Report on the treatment of epidemic cholera: from information collected by the governments of Bengal, Madras, Bombay, N.W. Provinces, Punjab, Oudh, and Central India, by order of the Government of India
Disease focus: Cholera
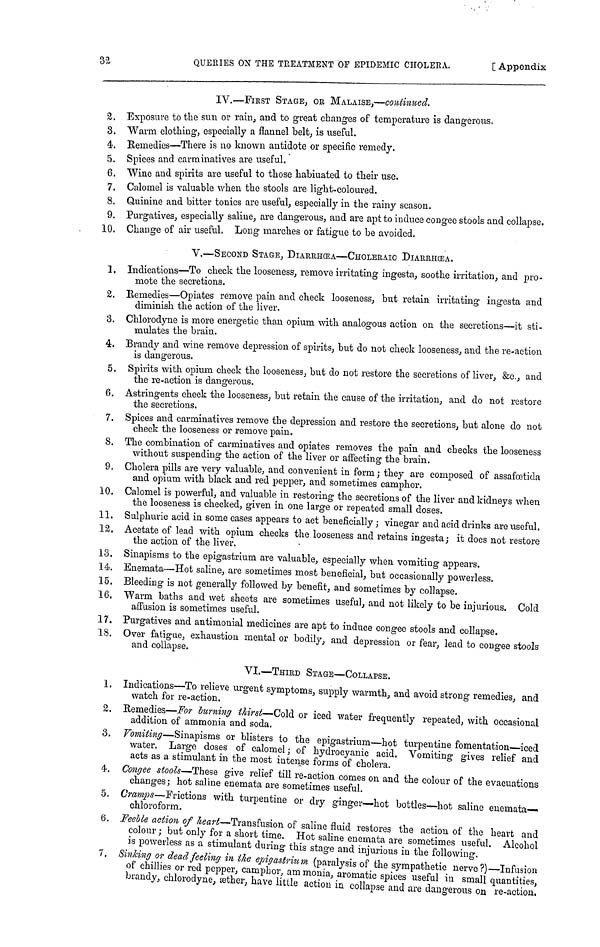
32
QUERIES ON THE TREATMENT OP EPIDEMIC CHOLERA.
[
Appendix
IV.—FIRST STAGE, OR MALAISE,—continued.
2. Exposure to the sun or rain, and to great changes of temperature is dangerous.
3. Warm clothing, especially a flannel belt, is useful.
4. Remedies—There is no known antidote or specific remedy.
5. Spices and carminatives are useful,
6. Wine and spirits are useful to those habiuated to their use.
7. Calomel is valuable when the stools are light-coloured.
8. Quinine and bitter tonics are useful, especially in the rainy season.
9. Purgatives, especially saline, are dangerous, and are apt to induce congee stools and collapse.
10. Change of air useful. Long marches or fatigue to be avoided.
V.—SECOND STAGE, DIARRHŒA—CHOLERAIC DIARRHŒA.
1. Indications—To check the looseness, remove irritating ingesta, soothe irritation, and pro-
mote the secretions.
2. Remedies—Opiates remove pain and check looseness, but retain irritating ingesta and
diminish the action of the liver.
3. Chlorodyne is more energetic than opium with analogous action on the secretions—it sti-
mulates the brain.
4. Brandy and wine remove depression of spirits, but do not check looseness, and the re-action
is dangerous.
5. Spirits with opium check the looseness, but do not restore the secretions of liver, &c., and
the re-action is dangerous.
6. Astringents check the looseness, but retain the cause of the irritation, and do not restore
the secretions.
7. Spices and carminatives remove the depression and restore the secretions, but alone do not
check the looseness or remove pain.
8. The combination of carminatives and opiates removes the pain and checks the looseness
without suspending the action of the liver or affecting the brain.
9. Cholera pills are very valuable, and convenient in form; they are composed of assafœtida
and opium with black and red pepper, and sometimes camphor.
10. Calomel is powerful, and valuable in restoring the secretions of the liver and kidneys when
the looseness is checked, given in one large or repeated small doses.
11. Sulphuric acid in some cases appears to act beneficially; vinegar and acid drinks are useful.
12. Acetate of lead with opium checks the looseness and retains ingesta; it does not restore
the action of the liver.
13. Sinapisms to the epigastrium are valuable, especially when vomiting appears.
lé. Enemata—Hot saline, are sometimes most beneficial, but occasionally powerless.
15. Bleeding is not generally followed by benefit, and sometimes by collapse.
16. Warm baths and wet sheets are sometimes useful, and not likely to be injurious. Cold
affusion is sometimes useful.
17. Purgatives and antimonial medicines are apt to induce congee stools and collapse.
18. Over fatigue, exhaustion mental or bodily, and depression or fear, lead to congee stools
and collapse.
VI.—THIRD STAGE—COLLAPSE.
1. Indications—To relieve urgent symptoms, supply warmth, and avoid strong remedies, and
watch for re-action.
2. Remedies—For burning thirst—Cold or iced water frequently repeated, with occasional
addition of ammonia and soda.
3. Vomiting—Sinapisms or blisters to the epigastrium—hot turpentine fomentation—iced
water. Large doses of calomel; of hydrocyanic acid. Vomiting gives relief and
acts as a stimulant in the most intense forms of cholera.
4. Congee stools—These give relief till re-action comes on and the colour of the evacuations
changes; hot saline enemata are sometimes useful.
5. Cramps—Frictions with turpentine or dry ginger—hot bottles—hot saline enemata—
chloroform.
6. Feeble action of heart—- Transfusion of saline fluid restores the action of the heart and
colour ; but only for a short time. Hot saline enemata are sometimes useful. Alcohol
is powerless as a stimulant during this stage and injurious in the following.
7. Sinking or dead feeling in the epigastrium (paralysis of the sympathetic nerve?)—Infusion
of chillies or red pepper, camphor, am monia, aromatic spices useful in small quantities,
brandy, chlorodyne, æther, have little action in collapse and are dangerous on re-action.